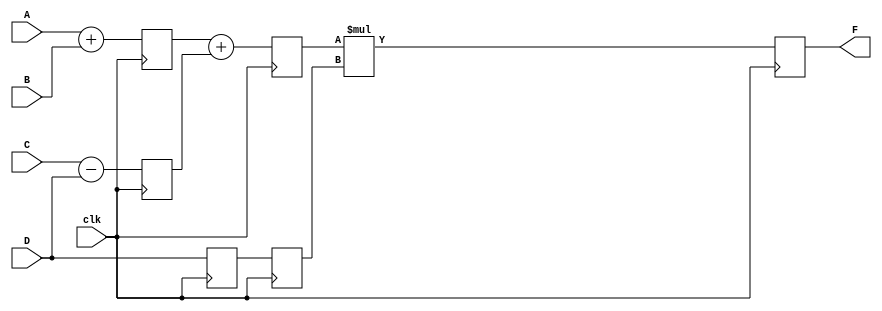
// Basic 3 stage pipeline where 
// stage 1 does x1=a+b ,x2 = c-d. with a delay of #4
// stage 2 does x3=x1+x2. with a delay of #4
// stage 3 does f=x3*d. with a delay of #6
// This is a bad way to model a pipline . Because we use only 1 clock at the inter stage registers in pipline which can lead to race condition. To solve this we must use either master slave flip flops or use two phase clock in alternate stages.
module pipe_ex (F,A,B,C,D,clk);
parameter N = 10;

input [N-1:0] A,B,C,D;
input clk;
output [N-1:0] F;
reg [N-1:0] L12_x1, L12_x2, L12_D, L23_x3, L23_D,L34_F;             // we need 6 latches to store the intermediate values. Value D needs to be forwarded to stage 3 because of dependency.

assign F = L34_F;               // assign the wire F with latch output  

always @(posedge clk)           // ** STAGE 1 ** . 
    begin
        L12_x1 <= #4 A+B;       // latch gets value of A+B after #4 delay
        L12_x2 <= #4 C-D;       // latch gets value of C-D after #4 delay
        L12_D <= D;             // latch gets value of D with no delay
    end

always @ (posedge clk)          // ** STAGE 2 **       
    begin
        L23_x3 <= #4 L12_x1 + L12_x2;           // take value from l12_x1 and l12_x2 to compute and store value in l23_x3 with #4 delay
        L23_D  <= L12_D;                        // latch gets value of D with no delay
    end

always @ (posedge clk)                          // ** STAGE 3** 
begin                                           
    L34_F <= #6 L23_x3 * L23_D;                 // take value from l23_x3 and l23_D to compute and store value in l34_F with #6 delay
end

endmodule